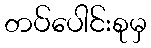
တပ်ပေါင်းစုမှ